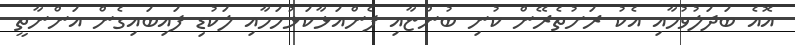
އޮއެ ބަދަލުވުމާއި އެކު ރަށުތެރޭން ކުނި ބުންޏާއި ފެންއަޅާކަޅުހަމާއި ލަކުޑި ފައިބައިގެން އަންނާތީ